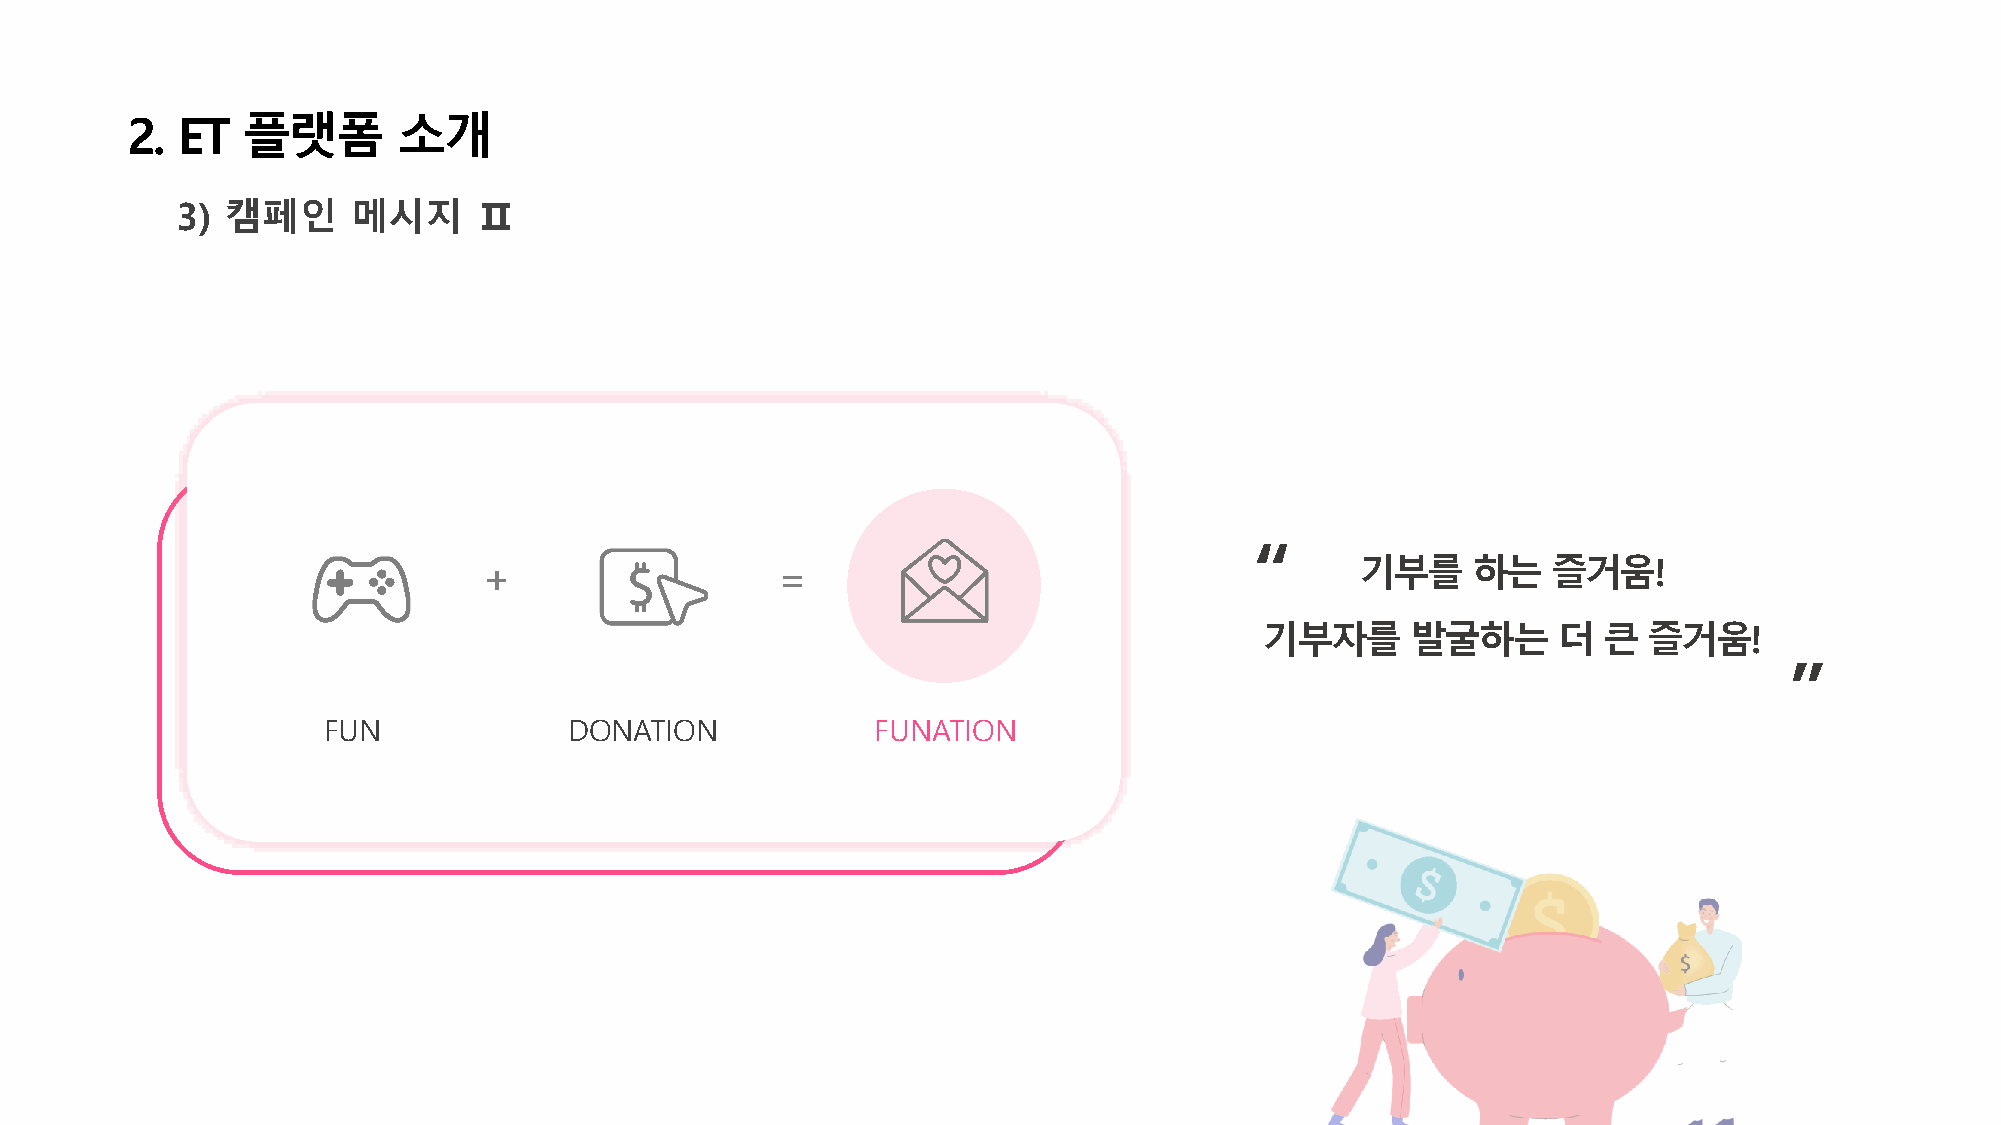
2.  ET  플랫폼       소개
 3) 캠페인     메시지      Ⅱ
 “
 +                   =                                     기부를    하는    즐거움!
 기부자를     발굴하는      더  큰  즐거움!
 ”
 FUN              DONATION            FUNATION